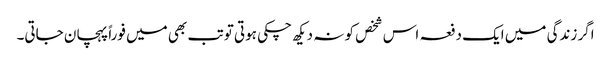
اگر زندگی میں ایک دفعہ اس شخص کو نہ دیکھ چکی ہوتی تو تب بھی میں فوراً پہچان جاتی۔